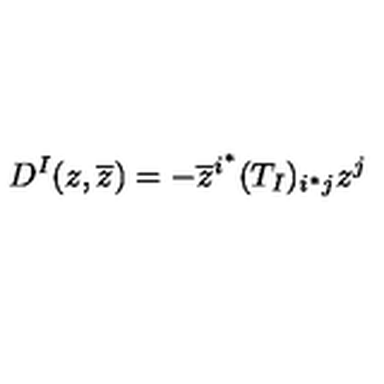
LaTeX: D ^ { I } ( z , \overline { z } ) = - \overline { z } ^ { i ^ { * } } ( T _ { I } ) _ { i ^ { * } j } z ^ { j }